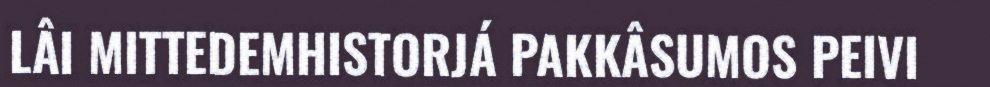
LÂI MITTEDEMHISTORJÁ PAKKÂSUMOS PEIVI